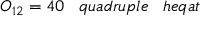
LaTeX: O _ { 1 2 } = 4 0 \; \; \; q u a d r u p l e \; \; \; h e q a t